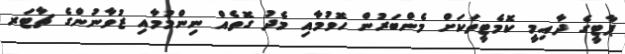
ޕާޓީގެ ދާއިމީ ކޮމެޓީތަކަށް މެންބަރުން ހޮވުމާއި މެދު ގޮތެއް ނިންމުމާއި ޒުވާނުންގެ ޗާޓަރ